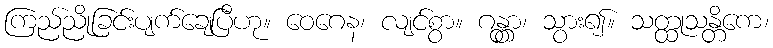
ကြည်ညိုခြင်းပျက်ချေပြီဟု။ ဝေဂေန၊ လျင်စွာ။ ဂန္တွာ၊ သွား၍။ သတ္ထုသန္တိကေ၊